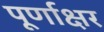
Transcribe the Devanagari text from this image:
पूर्णाक्षर